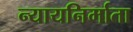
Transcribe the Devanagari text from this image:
न्यायनिर्माता